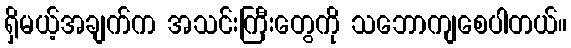
ရှိမယ့်အချက်က အသင်းကြီးတွေကို သဘောကျစေပါတယ်။